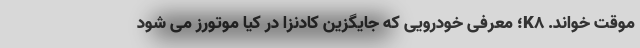
موقت خواند. K8؛ معرفی خودرویی که جایگزین کادنزا در کیا موتورز می شود